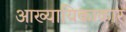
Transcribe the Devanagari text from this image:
आख्यायिकाकार